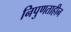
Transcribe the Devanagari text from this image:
निपुणताहीन